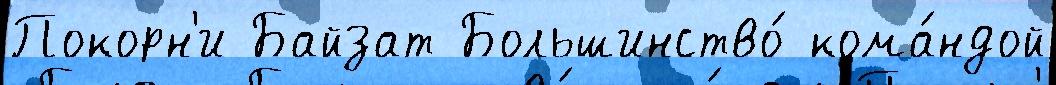
Покорн'и Байзат Большинство́ кома́ндой